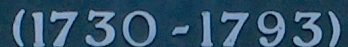
1730-1793